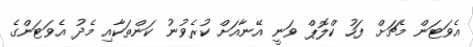
އެވަޓަން މެޗަށް ފަހު ކްލޮޕް ވަނީ އޭނާއަށް ކުރެވުނު ކަންތަކާއި މެދު އެވަޓަންގެ